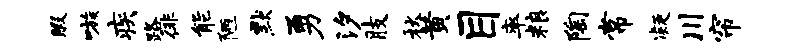
暇嗾疾路徘能陋默勇汐肢秋黄目率粮陶常凝川帘